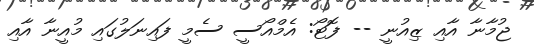
ޖުމާނާ އާއި ޒިއުނީ -- ފޮޓޯ: އެމްއޯސީ ސެމީ ފައިނަލުގައި މުއީނާ އާއި